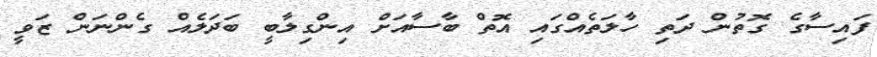
ފައިސާގެ ގޮތުން ދަތި ހާލަތެއްގައި އޮތް ބާސާއަށް އިންގިލާބީ ބަދަލެއް ގެންނަން ޒަވީ